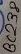
Text: BC238